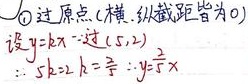
\textcircled{1} 过原点（横、纵截距皆为0），设 \(y = kx\) ，过 \((5,2)\)。
\(\therefore 5k = 2\)，\(k = \frac{2}{5}\)，\(\therefore y=\frac{2}{5}x\)